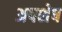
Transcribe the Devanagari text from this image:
अपशेष